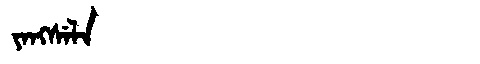
Manchu: ᠶᠠᠩᠰᡝᠯᠠ
Romanization: YANGSELA